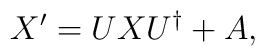
X^{\prime}=UXU^\dagger +A,